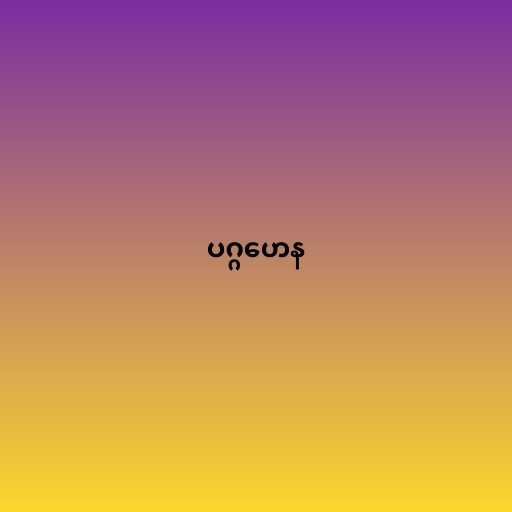
ပဂ္ဂဟေန